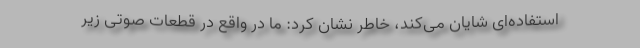
استفاده‌ای شایان می‌کند، خاطر نشان کرد: ما در واقع در قطعات صوتی زیر